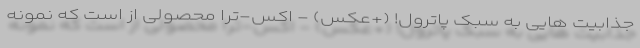
جذابیت هایی به سبک پاترول! (+عکس) - اکس-ترا محصولی از است که نمونه